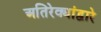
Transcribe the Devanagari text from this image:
अतिरेक्यांद्वारे